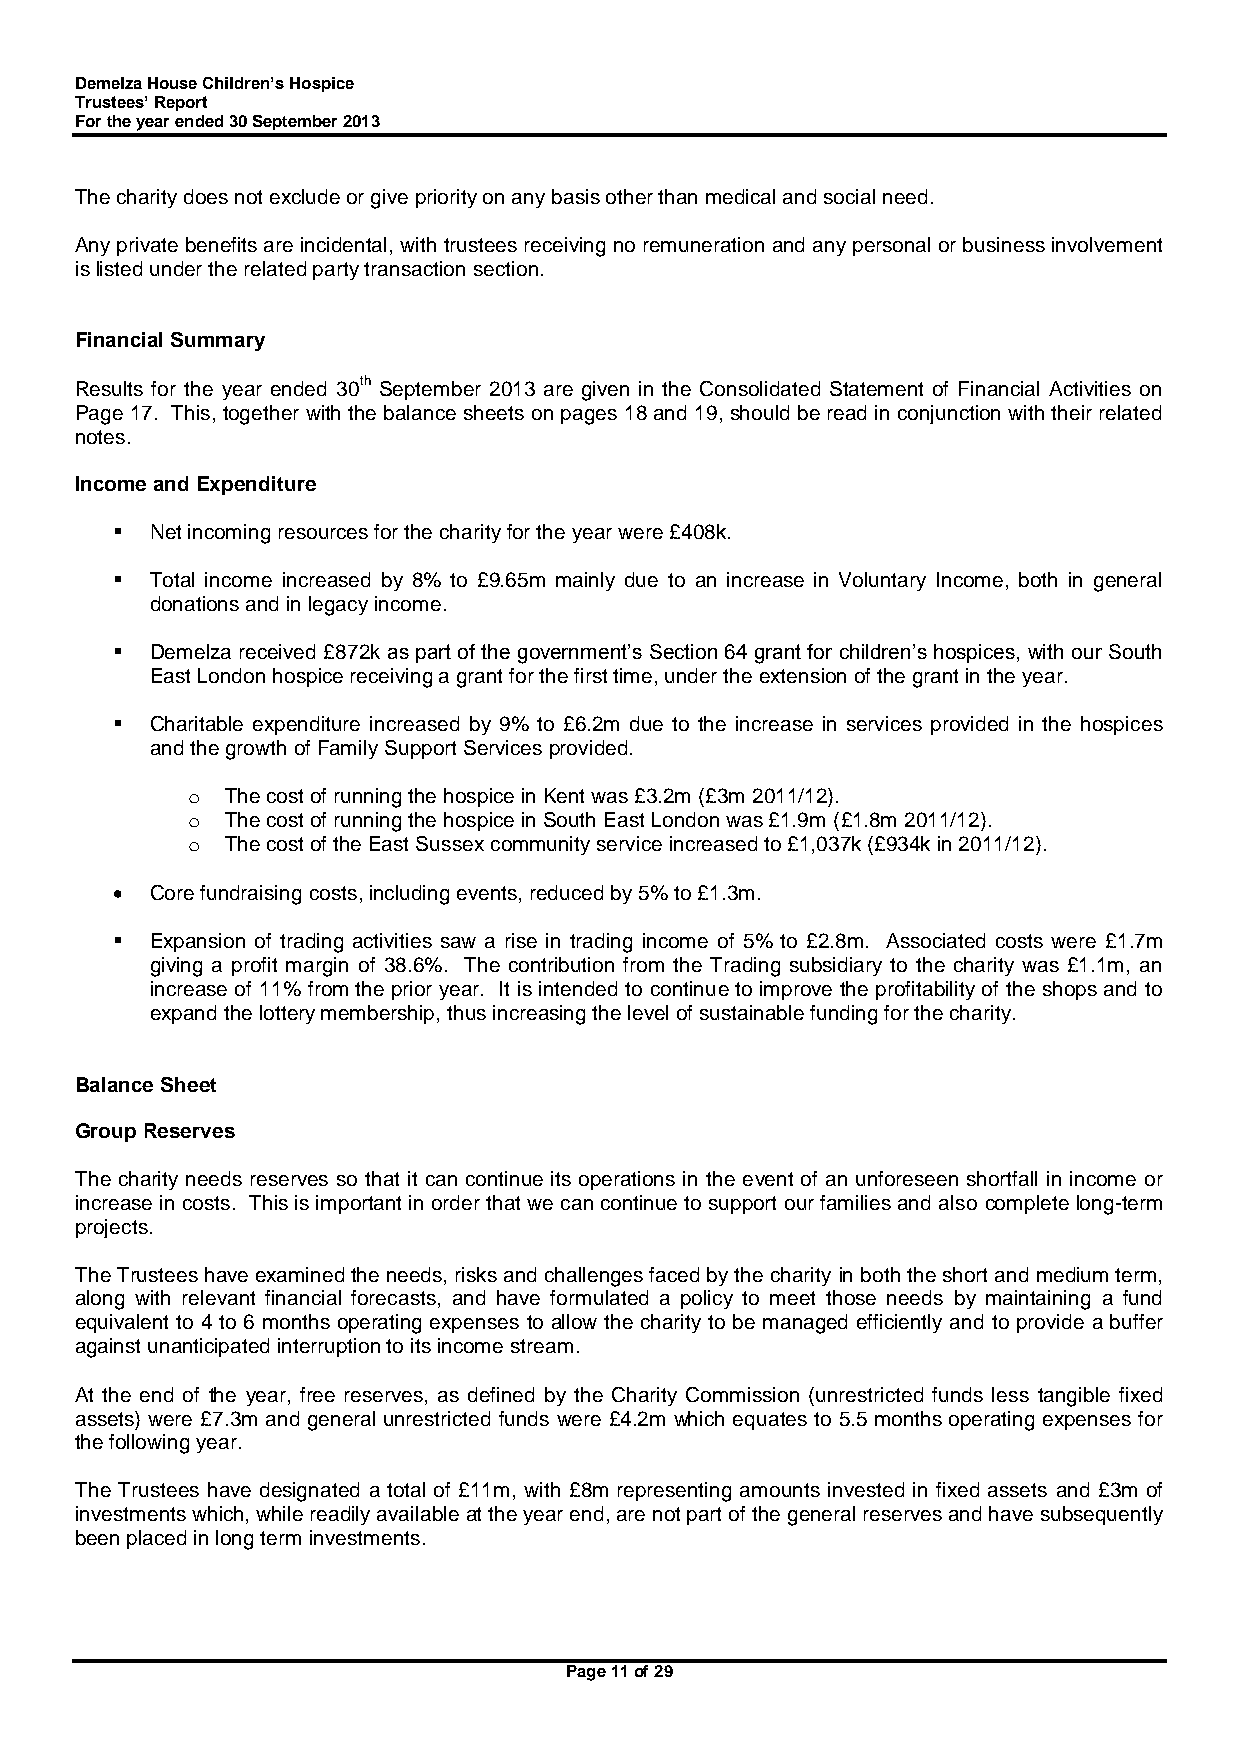
Demelza House Children’s Hospice
 Trustees’ Report
 For the year ended 30 September 2013
 The charity does not exclude or give priority on any basis other than medical and social need.
 Any private benefits are incidental, with trustees receiving no remuneration and any personal or business involvement
 is listed under the related party transaction section.
 Financial Summary
 Results for the year ended 30th September 2013 are given in the Consolidated Statement of Financial Activities on
 Page 17. This, together with the balance sheets on pages 18 and 19, should be read in conjunction with their related
 notes.
 Income and Expenditure
   Net incoming resources for the charity for the year were £408k.
   Total income increased by 8% to £9.65m mainly due to an increase in Voluntary Income, both in general
 donations and in legacy income.
   Demelza received £872k as part of the government’s Section 64 grant for children’s hospices, with our South
 East London hospice receiving a grant for the first time, under the extension of the grant in the year.
   Charitable expenditure increased by 9% to £6.2m due to the increase in services provided in the hospices
 and the growth of Family Support Services provided.
 o  The cost of running the hospice in Kent was £3.2m (£3m 2011/12).
 o  The cost of running the hospice in South East London was £1.9m (£1.8m 2011/12).
 o  The cost of the East Sussex community service increased to £1,037k (£934k in 2011/12).
   Core fundraising costs, including events, reduced by 5% to £1.3m.
   Expansion of trading activities saw a rise in trading income of 5% to £2.8m. Associated costs were £1.7m
 giving a profit margin of 38.6%. The contribution from the Trading subsidiary to the charity was £1.1m, an
 increase of 11% from the prior year. It is intended to continue to improve the profitability of the shops and to
 expand the lottery membership, thus increasing the level of sustainable funding for the charity.
 Balance Sheet
 Group Reserves
 The charity needs reserves so that it can continue its operations in the event of an unforeseen shortfall in income or
 increase in costs. This is important in order that we can continue to support our families and also complete long-term
 projects.
 The Trustees have examined the needs, risks and challenges faced by the charity in both the short and medium term,
 along with relevant financial forecasts, and have formulated a policy to meet those needs by maintaining a fund
 equivalent to 4 to 6 months operating expenses to allow the charity to be managed efficiently and to provide a buffer
 against unanticipated interruption to its income stream.
 At the end of the year, free reserves, as defined by the Charity Commission (unrestricted funds less tangible fixed
 assets) were £7.3m and general unrestricted funds were £4.2m which equates to 5.5 months operating expenses for
 the following year.
 The Trustees have designated a total of £11m, with £8m representing amounts invested in fixed assets and £3m of
 investments which, while readily available at the year end, are not part of the general reserves and have subsequently
 been placed in long term investments.
 Page 11 of 29